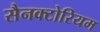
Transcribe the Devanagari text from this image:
सैनक्टोरियम